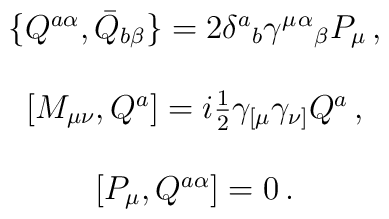
\begin{array}{c}\{Q^{a\alpha}, \bar{Q}_{b\beta}\}=2\delta^{a}{}_{b}\gamma^{\mu}{}^{\alpha}{}_{\beta}P_{\mu}\,,\\{}\\{}[M_{\mu\nu},Q^{a}]=i\textstyle{\frac{1}{2}}\gamma_{[\mu}\gamma_{\nu]}Q^{a}\,,\\{}\\{}[{P}_{\mu},Q^{a\alpha}]=0\,.\end{array}